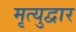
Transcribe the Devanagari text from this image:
मृत्युद्वार